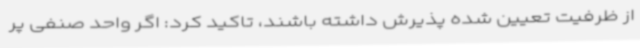
از ظرفیت تعیین شده پذیرش داشته باشند، تاکید کرد: اگر واحد صنفی پر